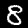
Label: 8